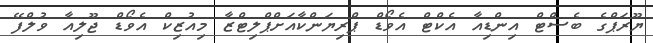
ޔޫރަޕްގެ ބެސްޓް އިންޑިއާ އެކްޓްް އެވޯޑް ޕްރިޔަންކާއަށްޕްލިޓްޒާ މިއުޒިކް އެވޯޑް ޖޫލިއާ ވުލްފޭ